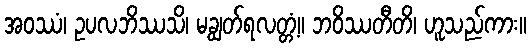
အဝဿံ၊ ဥပလဘိဿသိ၊ မချွတ်ရလတ္တံ့။ ဘဝိဿတီတိ၊ ဟူသည်ကား။